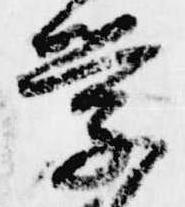
学